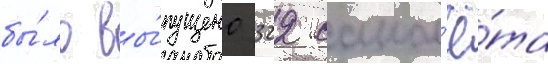
бы́ло вы́пущено 322 самол'ё́та